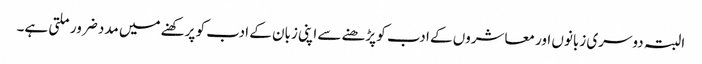
البتہ دوسری زبانوں اور معاشروں کے ادب کو پڑھنے سے اپنی زبان کے ادب کو پرکھنے میں مدد ضرور ملتی ہے۔